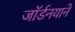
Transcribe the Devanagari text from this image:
जॉर्डनयाने